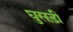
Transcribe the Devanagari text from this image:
घुसड़ी